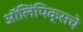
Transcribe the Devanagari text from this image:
ऑलिंपिक्सचे